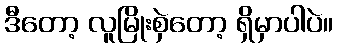
ဒီတော့ လူမြိုးစှဲတော့ ရှိမှာပါပဲ။